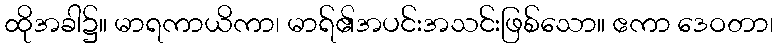
ထိုအခါ၌။ မာရကာယိကာ၊ မာရ်၏အပင်းအသင်းဖြစ်သော။ ဧကာ ဒေဝတာ၊